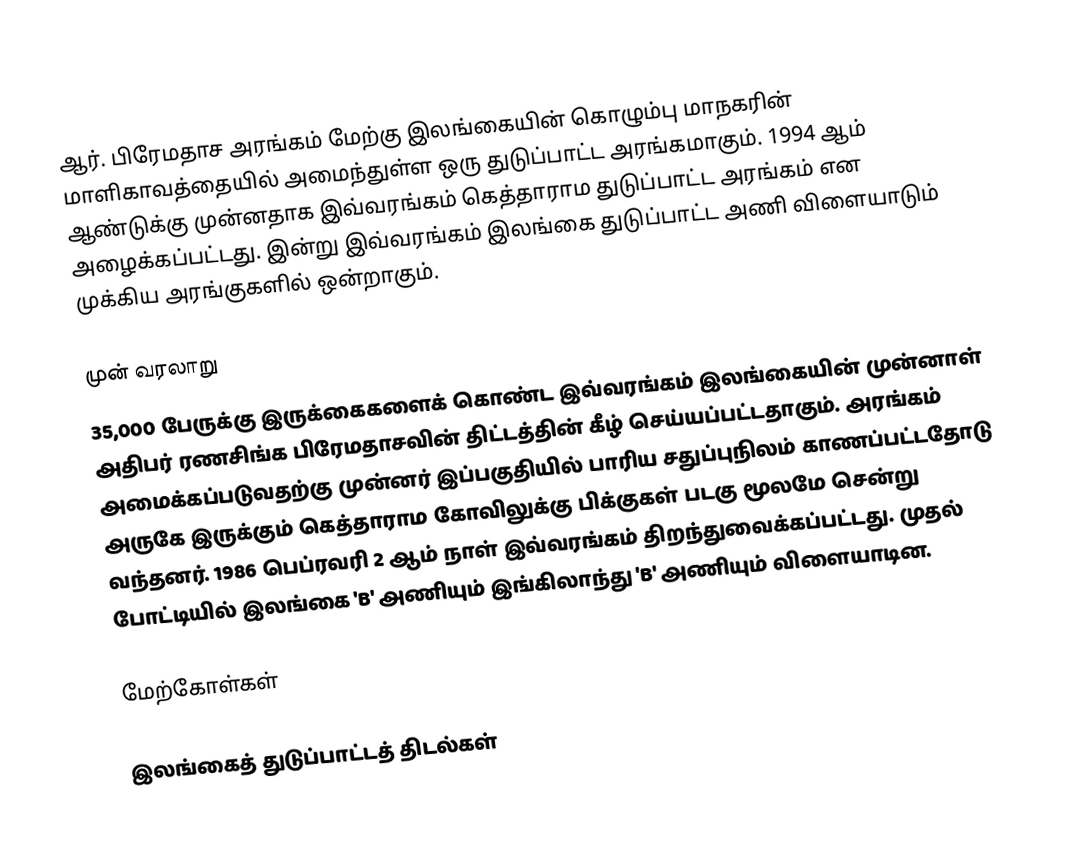
ஆர். பிரேமதாச அரங்கம் மேற்கு இலங்கையின் கொழும்பு மாநகரின் மாளிகாவத்தையில் அமைந்துள்ள ஒரு துடுப்பாட்ட அரங்கமாகும். 1994 ஆம் ஆண்டுக்கு முன்னதாக இவ்வரங்கம் கெத்தாராம துடுப்பாட்ட அரங்கம் என அழைக்கப்பட்டது. இன்று இவ்வரங்கம் இலங்கை துடுப்பாட்ட அணி விளையாடும் முக்கிய அரங்குகளில் ஒன்றாகும்.

முன் வரலாறு
35,000 பேருக்கு இருக்கைகளைக் கொண்ட இவ்வரங்கம் இலங்கையின் முன்னாள் அதிபர் ரணசிங்க பிரேமதாசவின் திட்டத்தின் கீழ் செய்யப்பட்டதாகும். அரங்கம் அமைக்கப்படுவதற்கு முன்னர் இப்பகுதியில் பாரிய சதுப்புநிலம் காணப்பட்டதோடு அருகே இருக்கும் கெத்தாராம கோவிலுக்கு பிக்குகள் படகு மூலமே சென்று வந்தனர். 1986 பெப்ரவரி 2 ஆம் நாள் இவ்வரங்கம் திறந்துவைக்கப்பட்டது. முதல் போட்டியில் இலங்கை 'B'  அணியும் இங்கிலாந்து 'B'  அணியும் விளையாடின.

மேற்கோள்கள்

இலங்கைத் துடுப்பாட்டத் திடல்கள்